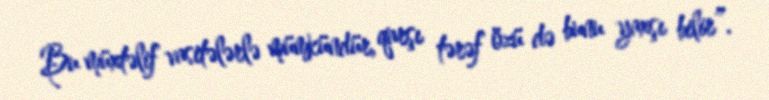
Bu müxtəlif vasitələrlə mümkündür, qarşı tərəf özü də bunu yaxşı bilir”.